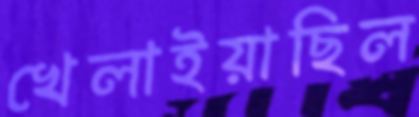
খেলাইয়াছিল